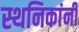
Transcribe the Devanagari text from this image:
स्थनिकांनी